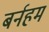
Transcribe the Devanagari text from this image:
बर्नहम